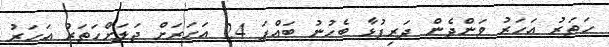
ހަތަރު އަހަރު ވަންދެން ދަރިފުޅާ ބެހުނު ބައްޕަ 24 އަހަރަށް ޖަލަށްހަތަރު އަހަރު